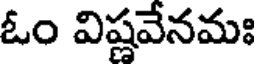
ఓం విష్ణవేనమః